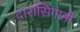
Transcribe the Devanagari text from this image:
दारासिंगानी